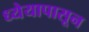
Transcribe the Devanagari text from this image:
ध्येयापासून